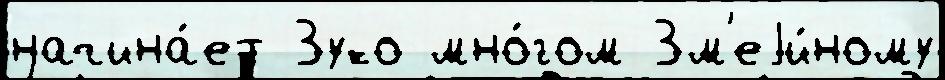
начина́ет Зуко мно́гом Зм'еjи́ному